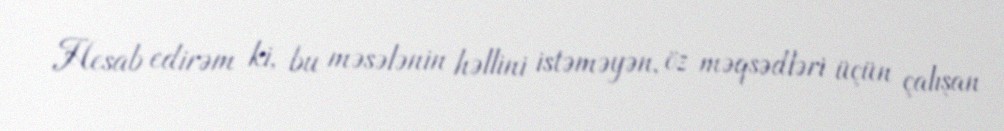
Hesab edirəm ki, bu məsələnin həllini istəməyən, öz məqsədləri üçün çalışan